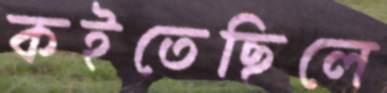
কইতেছিলে